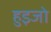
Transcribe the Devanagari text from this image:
हुइजो